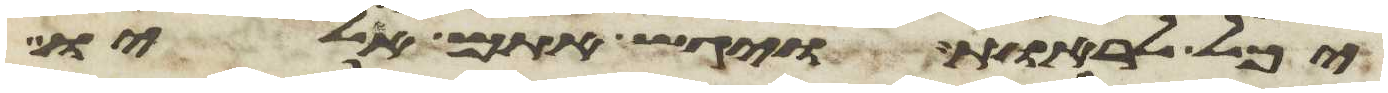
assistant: יכל לראות ויגש אתם אליו